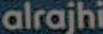
alrajhi